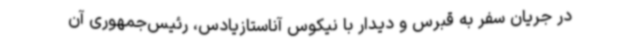
در جریان سفر به قبرس و دیدار با نیکوس آناستازیادس، رئیس‌جمهوری آن